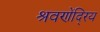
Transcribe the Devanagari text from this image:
श्रवणेंदि्रय